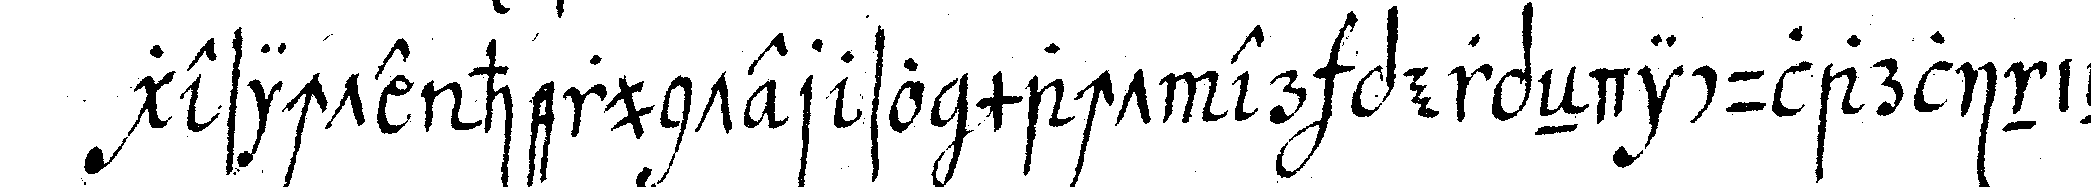
gesichte herunter so macht er perpeNdicularlinieN